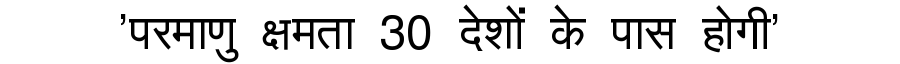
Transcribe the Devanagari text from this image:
'परमाणु क्षमता 30 देशों के पास होगी'